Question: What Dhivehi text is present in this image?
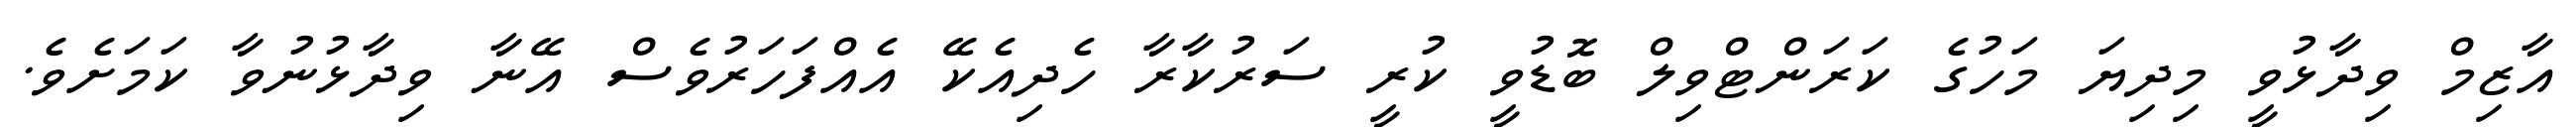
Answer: އާޒިމް ވިދާޅުވީ މިދިޔަ މަހުގެ ކަރަންޓްވިލް ބޮޑުވީ ކުރީ ސަރުކާރާ ހެދިއެކޭ އެއްފަހަރުވެސް އޭނާ ވިދާޅުނުވާ ކަމަށެވެ.